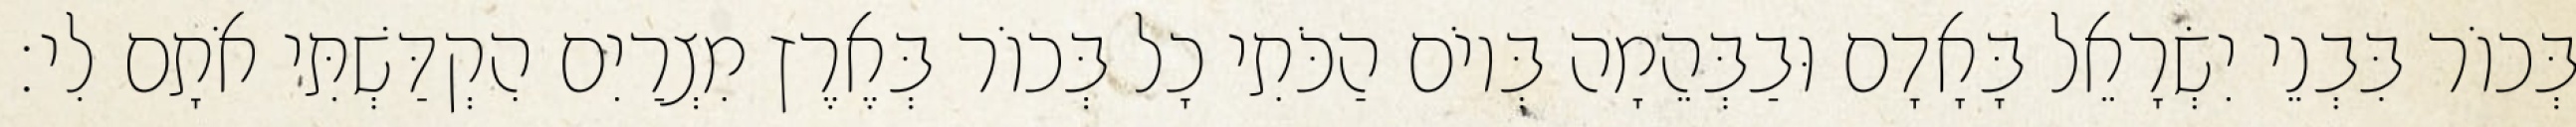
בְּכוֹר בִּבְנֵי יִשְׂרָאֵל בָּאָדָם וּבַבְּהֵמָה בְּיוֹם הַכֹּתִי כָל בְּכוֹר בְּאֶרֶץ מִצְרַיִם הִקְדַּשְׁתִּי אֹתָם לִי׃